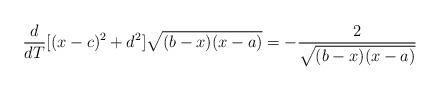
LaTeX: \begin{align*}\frac{d}{d T}[(x-c)^2+d^2]\sqrt{(b-x)(x-a)}=-\frac{2}{\sqrt{(b-x)(x-a)}}\end{align*}